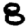
Digit: 8